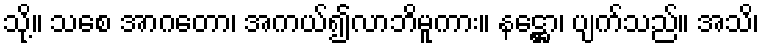
သို့။ သစေ အာဂတော၊ အကယ်၍လာဘိမူကား။ နဋ္ဌော၊ ပျက်သည်။ အသိ၊